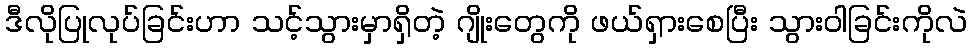
ဒီလိုပြုလုပ်ခြင်းဟာ သင့်သွားမှာရှိတဲ့ ဂျိုးတွေကို ဖယ်ရှားစေပြီး သွားဝါခြင်းကိုလဲ